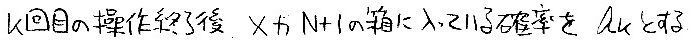
$k$回目の操作終了後，$X$が$N + 1$を超えてしまう確率を$a_{k}$とする